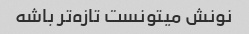
نونش میتونست تازه‌تر باشه